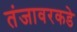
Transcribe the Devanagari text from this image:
तंजावरकडे